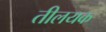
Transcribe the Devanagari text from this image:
तीलयक